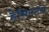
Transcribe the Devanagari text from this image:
हेमिल्‍टन